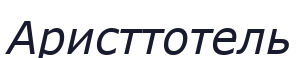
Аристтотель